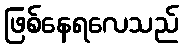
ဖြစ်နေရလေသည်